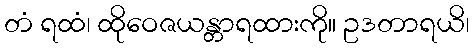
တံ ရထံ၊ ထိုဝေဇယန္တာရထားကို။ ဥဒတာရယိ၊